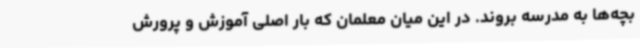
بچه‌ها به مدرسه بروند. در این میان معلمان که بار اصلی آموزش و پرورش